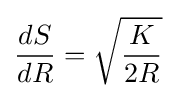
{\frac {dS}{dR}}={\sqrt {\frac {K}{2R}}}